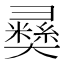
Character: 𢑴